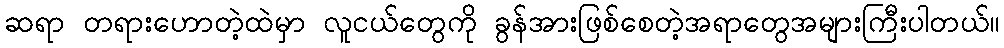
ဆရာ တရားဟောတဲ့ထဲမှာ လူငယ်တွေကို ခွန်အားဖြစ်စေတဲ့အရာတွေအများကြီးပါတယ်။